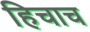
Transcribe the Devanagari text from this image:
हिचाच